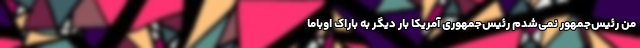
من رئیس‌جمهور نمی‌شدم رئیس‌جمهوری آمریکا بار دیگر به باراک اوباما